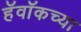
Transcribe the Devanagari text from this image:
हॅवॉकच्या